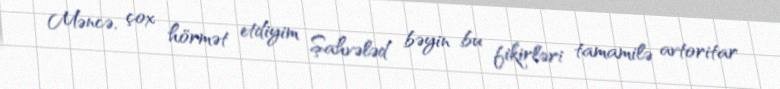
Məncə, çox hörmət etdiyim Şahvələd bəyin bu fikirləri tamamilə avtoritar